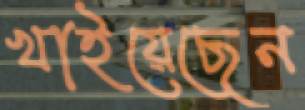
খাইয়েছেন